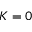
K = 0